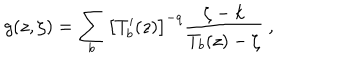
g ( z , \zeta ) = \sum _ { b } \left[ T _ { b } ^ { \prime } ( z ) \right] ^ { - q } \frac { \zeta - k } { T _ { b } ( z ) - \zeta } \ ,